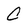
Character: C